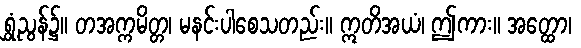
ရွှံ့ညွန်၌။ တအက္ကမိတ္တ၊ မနင်းပါစေသတည်း။ ဣတိအယံ၊ ဤကား။ အတ္ထော၊